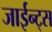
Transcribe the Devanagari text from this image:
जाईन्ट्स